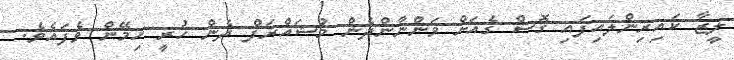
ލީޒާ ކައިރިންލައިފައި ގޮސް ގެއަށް ވަންނާންދެން މުޝައްރަފް ދެން ހުރީ ހިމޭން ވެފައެވެ.